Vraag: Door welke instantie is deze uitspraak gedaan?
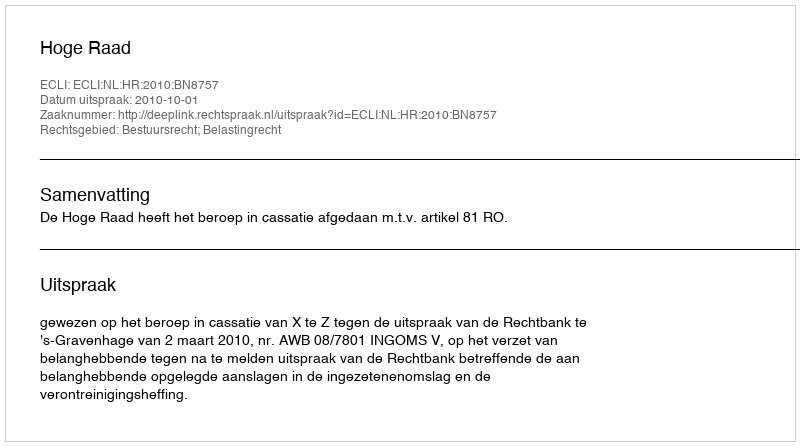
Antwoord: Hoge Raad